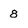
Character: 8